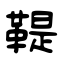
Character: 鞮